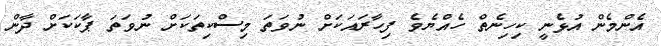
އެންމެން އުޅެނީ ކިހިނެތް ހެއްޔެވެ ފިހާރައަކަށް ނުވަތަ މިސްކިތަކަށް ނުވަތަ ޕާކަކަށް ދާން